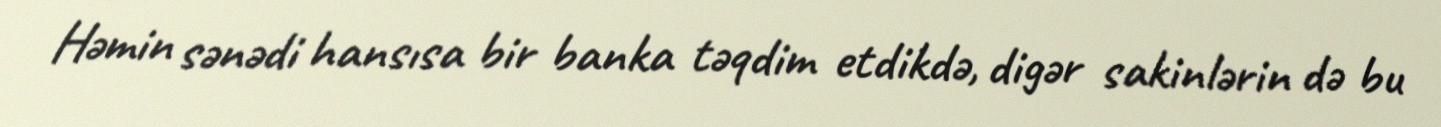
Həmin sənədi hansısa bir banka təqdim etdikdə, digər sakinlərin də bu